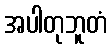
အပါတုဘူတံ